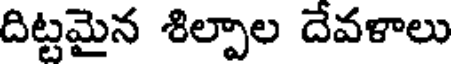
దిట్టమైన శిల్పాల దేవళాలు